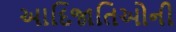
આદિજાતિઓની